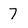
Character: 7